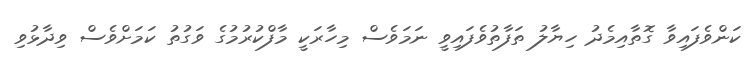
ކަންވެފައިވާ ގޮތާއިމެދު ހިޔާލު ތަފާތުވެފައިވީ ނަމަވެސް މިހާރަކީ މާފްކުރުމުގެ ވަގުތު ކަމަށްވެސް ވިދާޅުވި